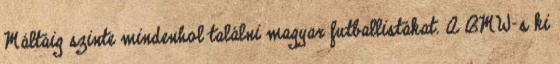
Máltáig szinte mindenhol találni magyar futballistákat. A BMW-s ki